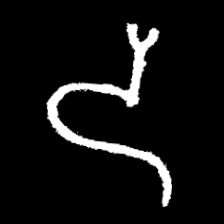
Pyu character \u2014 Myanmar letter: ဒ (romanized: da)